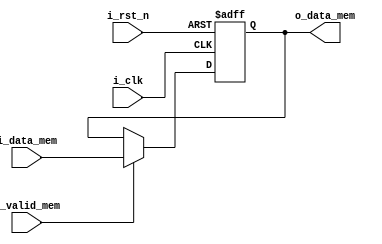
module data_mem_cont #(
	parameter ADDR_W = 64,
	parameter INST_W = 32,
	parameter DATA_W = 64
)(
    input               i_clk,
    input               i_rst_n,
    input  [DATA_W-1:0] i_data_mem,
    input               i_valid_mem,
    output [DATA_W-1:0] o_data_mem
);

    reg [DATA_W-1:0] o_data_mem_r, o_data_mem_w;

    assign o_data_mem = o_data_mem_r;

    always @(*) begin
        if (i_valid_mem) begin
            o_data_mem_w = i_data_mem;
        end else begin
            o_data_mem_w = o_data_mem_r;
        end
    end

    always @(posedge i_clk or negedge i_rst_n) begin
        if (~i_rst_n) begin
            o_data_mem_r <= 0;
        end else begin
            o_data_mem_r <= o_data_mem_w;
        end
    end

endmodule